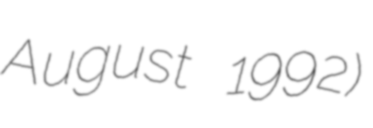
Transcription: August 1992)